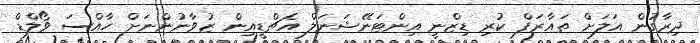
ދިރާގުން އަލަށް ތައާރަފް ކުރި ޑިޒްނީ އިންޓަނޭޝަނަލް އެޗްޑީއިން ޒުވާނުންނަށް ހާއްސަ ވޯލްޑް